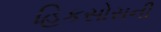
હિકસોસની